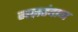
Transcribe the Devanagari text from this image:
नज़रंदाज